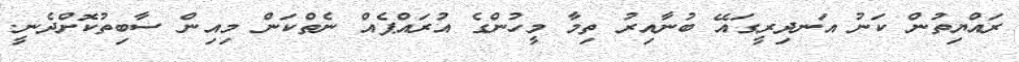
ރައްޔިތުން ކަނު އަނދިރީގައޭ ބުނާއިރު ތިމާ މީހުންގެ އުރައްޕެއް ނެތްކަން މިއިން ސާބިތުކޮށްދެނީ.